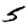
Digit: 5